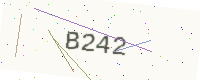
Text: B242